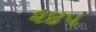
૨૪૫